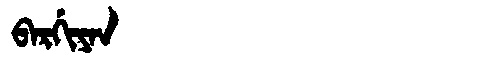
Manchu: ᠪᠠᡵᡤᡳᠶᠠᠨ
Romanization: BARGIYAN